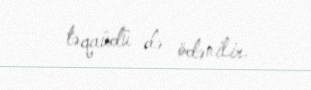
təqaüdü də ödənilir.